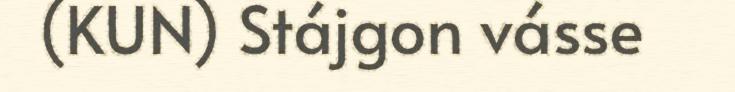
(KUN) Stájgon vásse